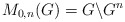
\begin{align*}M_{0, n}(G) = G \backslash G^n\\\end{align*}